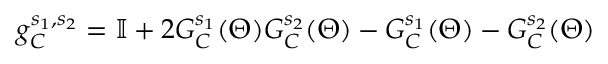
g _ { C } ^ { s _ { 1 } , s _ { 2 } } = \mathbb { I } + 2 G _ { C } ^ { s _ { 1 } } ( \Theta ) G _ { C } ^ { s _ { 2 } } ( \Theta ) - G _ { C } ^ { s _ { 1 } } ( \Theta ) - G _ { C } ^ { s _ { 2 } } ( \Theta )